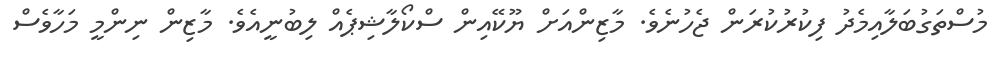
މުސްތަގުބަލާއިމެދު ފިކުރުކުރަން ޖެހުނެވެ. މާޒިންއަށް ޔޫކޭއިން ސްކޯލާޝިޕެއް ލިބުނީއެވެ. މާޒިން ނިންމީ މަހާވެސް